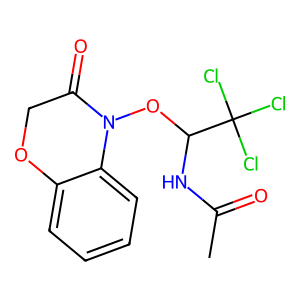
SMILES: CC(=O)NC(ON1C(=O)COc2ccccc21)C(Cl)(Cl)Cl
Inhibits HIV replication: No